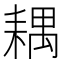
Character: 耦